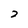
Character: 2